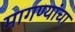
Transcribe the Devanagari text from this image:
मागण्यांचा